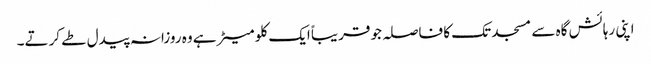
اپنی رہائش گاہ سے مسجد تک کا فاصلہ جو قریباً ایک کلو میٹر ہے وہ روزانہ پیدل طے کرتے۔